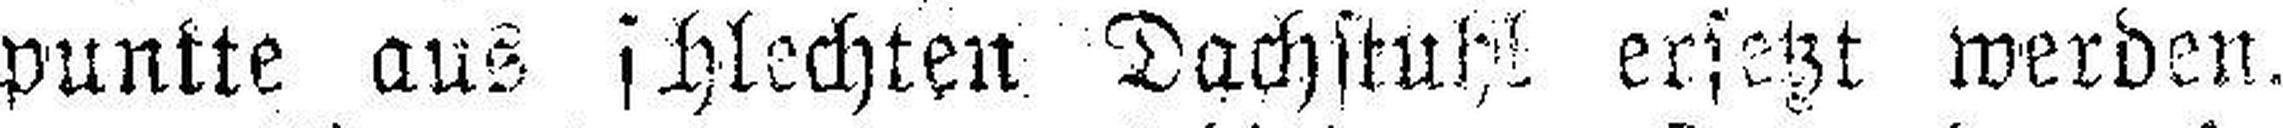
punkte aus schlechten Dachstuhl ersetzt werden.